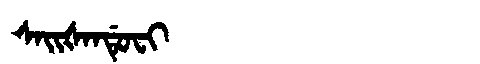
Manchu: ᠰᠠᡳᡧᠠᠨᡩᡠᠸᡳ
Romanization: SAIŠANDUFI